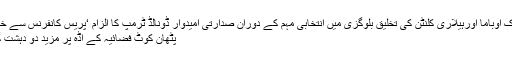
Previous دولت اسلامیہ بارک اوباما اورہیلاری کلنٹن کی تخلیق بلوگزی میں انتخابی مہم کے دوران صدارتی امیدوار ڈونالڈ ٹرمپ کا الزام ‘پریس کانفرنس سے خطاب
Next پٹھان کوٹ فضائیہ کے اڈہ پر مزید دو دہشت گرد موجود